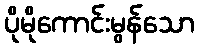
ပိုမိုကောင်းမွန်သော